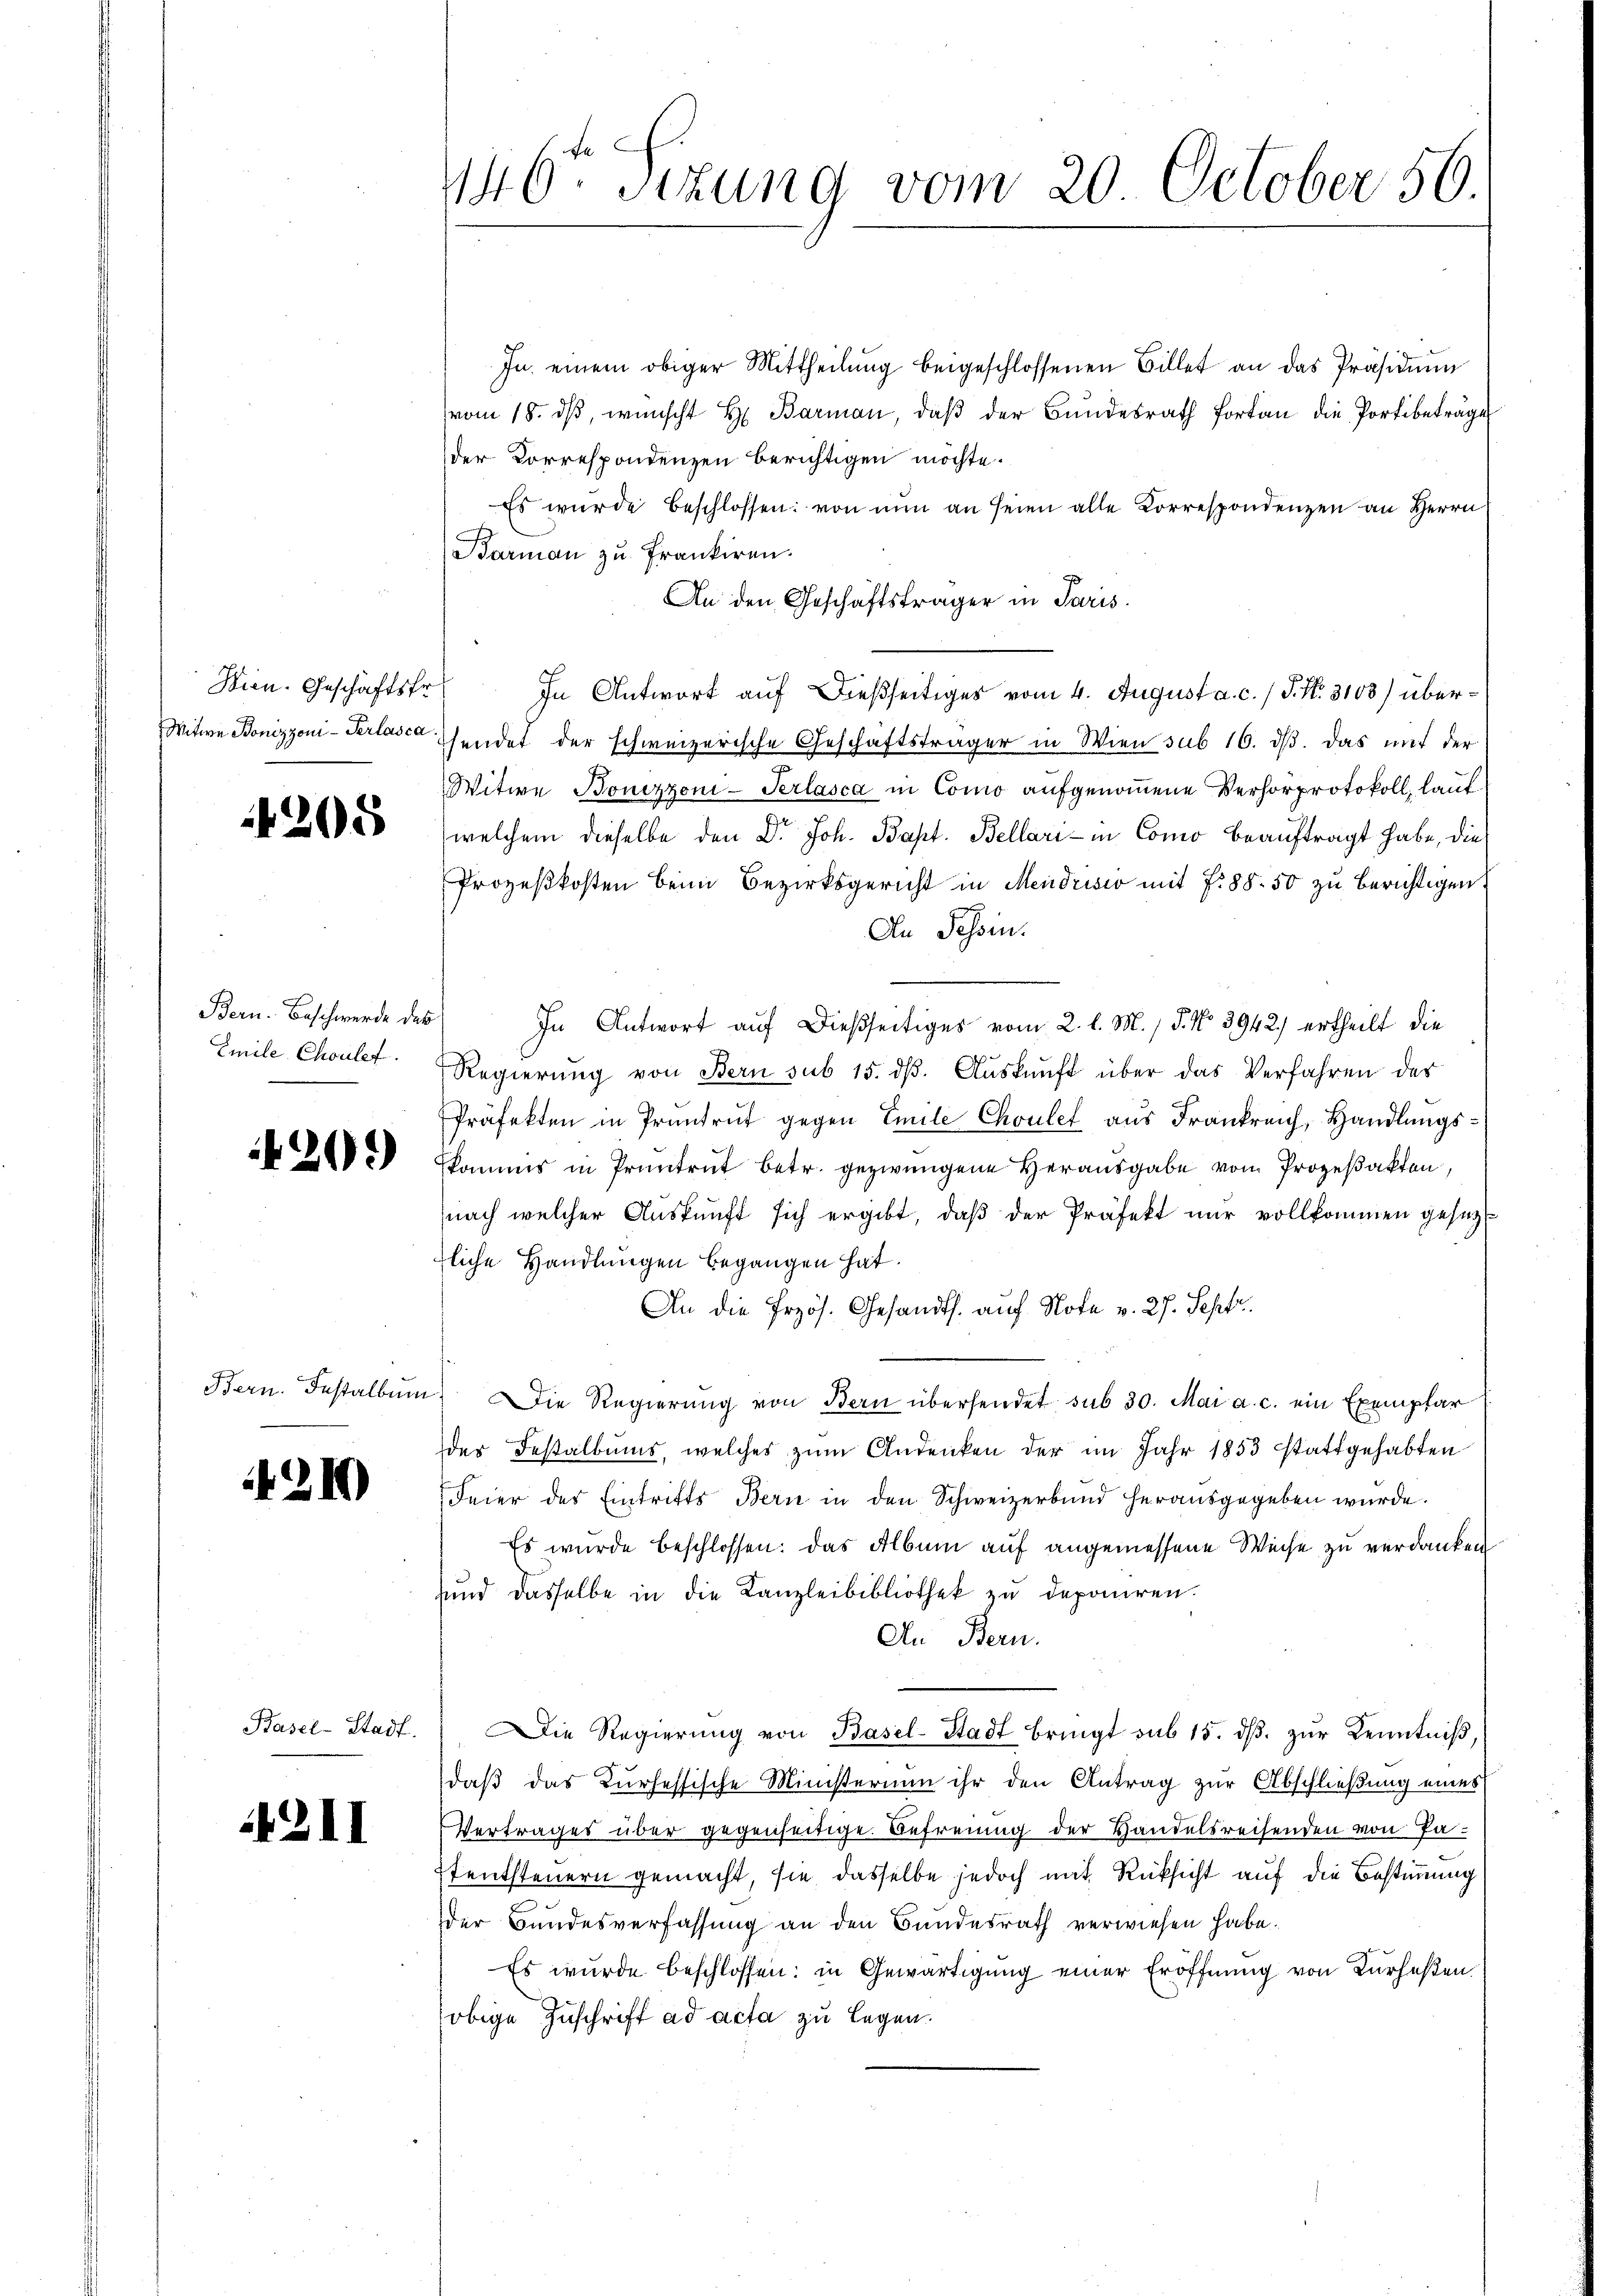
Wien. Geschäftsfr.

208

Bern. Beschwerde des
Emile Choulet

20.)

Bern. Testalbum

21)

Basel-Stadt.

4211

146 sizung vom 20. October 56.

In einem obiger Mittheilŭng beigeschlossenen Billet an das Präsidiŭm
vom 18. ds, wünscht H. Barmen, daß der Bundesrath fortan die Portbeträge
der Korrespondenzen berichtigen möchte.
Es wurde beschlossen: von nŭn an seien alle Korrespondenzen an Herrn
Barman zu Frankiren.
An den Geschäftsträger in Paris.
In Antwort auf dießseitiges vom 4. August a. c. / P. Nr. 3103) über¬
Witwe Bonizzoni-Perlaschendet der schweizerische Geschäftsträger in Wien sub 16. ds. das mit der
Witwe Bonizzoni-Perlasca in Como aufgenommene Verhörprotokoll, laut
welchem dieselbe den Dr. Joh. Bapt. Bellari in Como beauftragt habe, die
Prozeßkosten beim Bezirksgericht in Mendrisio mit 7. 88. 50 zu Berichtigen
An Tessin.
In Antwort auf dießseitiges vom 2. l. M. / 5. No 3942 ertheilt die
Regierŭng von Bern sub 15. dβ. Aŭskŭnft über das Verfahren der
Präfekten in Pruntrut gegen Emile Choulef aus Frankreich, Handlungsskommis in Pruntrut betr. gezwungene Herausgabe von Prozeßakten,
nach welcher Auskunft sich ergibt, daß der Präfekt nur vollkommen gesezt
zliche Handlungen begangen hat.
An die Przös. Gesandts. auf Note v. 27. Sept.
 Die Regierŭng von Bern übersendet sub 30. Mai a. c. ein Exemplar (
der Festalbums, welches zum Andenken der im Jahr 1853 stattgehabten
Feier des Eintritts Bern in den Schweizerband herausgegeben wurde.
Es wurde beschlossen: das Album auf angemessene Weise zu verdanken
und dasselbe in die Kanzleibibliothek zu deponiren.
An Bern.
Die Regierŭng von Basel-Stadt bringt sub 15. dβ zŭr Kenntniß,
daß das Kursessische Ministerium ihr den Antrag zur Abschließung eines
Vertrages über gegenseitige Befreung der Handelsreisenden von Patentsteuern gemacht, sie dasselbe jedoch mit Rücksicht auf die Bestimmung
der Bundesverfassung an den Bundesrath verwiesen habe.
Es wurde beschlossen: in Gewärtigung einer Eröffnung von Kurhesten.
obige Zuschrift ad acta zu legen.